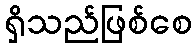
ရှိသည်ဖြစ်စေ